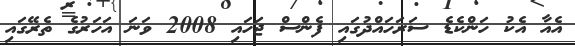
އެއާ އެކު ހަންކެޑެ ސަރަހައްދުގައި ފެންސް ޖަހައި 2008 ވަނަ އަހަރުގެ ތެރޭގައި